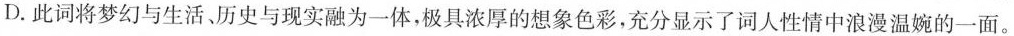
D.此词将梦幻与生活、历史与现实融为一体，极具浓厚的想象色彩，充分显示了词人性情中浪漫温婉的一面。